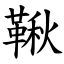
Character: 鞦